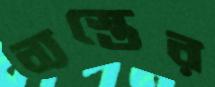
ব্যস্তের